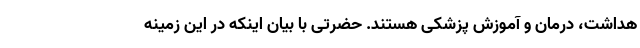
هداشت، درمان و آموزش پزشکی هستند. حضرتی با بیان اینکه در این زمینه